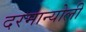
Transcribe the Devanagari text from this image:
दरमान्योली